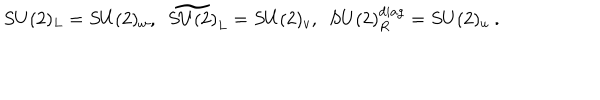
S U ( 2 ) _ { L } = S U ( 2 ) _ { w } , ~ ~ \widetilde { S U ( 2 ) } _ { L } = S U ( 2 ) _ { v } , ~ ~ S U ( 2 ) _ { R } ^ { d i a g } = S U ( 2 ) _ { u } \ .